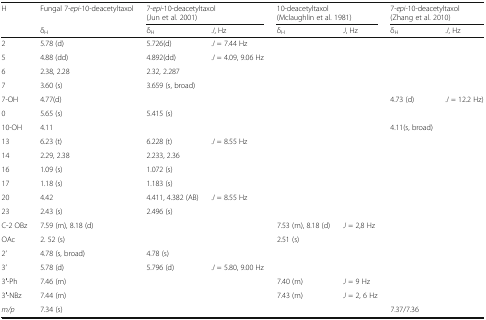
<table><thead><tr><td rowspan="2"><b>H</b></td><td><b>Fungal 7-<i>epi</i>-10-deacetyltaxol</b></td><td colspan="2"><b>7-<i>epi</i>-10-deacetyltaxol (Jun et al. 2001)</b></td><td colspan="2"><b>10-deacetyltaxol (Mclaughlin et al. 1981)</b></td><td colspan="2"><b>7-<i>epi</i>-10-deacetyltaxol (Zhang et al. 2010)</b></td></tr><tr><td><b>δ<sub>H</sub></b></td><td><b>δ<sub>H</sub></b></td><td><b><i>J</i>, Hz</b></td><td><b>δ<sub>H</sub></b></td><td><b><i>J</i>, Hz</b></td><td><b>δ<sub>H</sub></b></td><td><b><i>J</i>, Hz</b></td></tr></thead><tbody><tr><td>2</td><td>5.78 (d)</td><td>5.726(d)</td><td><i>J</i> = 7.44 Hz</td><td></td><td></td><td></td><td></td></tr><tr><td>5</td><td>4.88 (dd)</td><td>4.892(dd)</td><td><i>J</i> = 4.09, 9.06 Hz</td><td></td><td></td><td></td><td></td></tr><tr><td>6</td><td>2.38, 2.28</td><td>2.32, 2.287</td><td></td><td></td><td></td><td></td><td></td></tr><tr><td>7</td><td>3.60 (s)</td><td>3.659 (s, broad)</td><td></td><td></td><td></td><td></td><td></td></tr><tr><td>7-OH</td><td>4.77(d)</td><td></td><td></td><td></td><td></td><td>4.73 (d)</td><td><i>J</i> = 12.2 Hz)</td></tr><tr><td>0</td><td>5.65 (s)</td><td>5.415 (s)</td><td></td><td></td><td></td><td></td><td></td></tr><tr><td>10-OH</td><td>4.11</td><td></td><td></td><td></td><td></td><td>4.11(s, broad)</td><td></td></tr><tr><td>13</td><td>6.23 (t)</td><td>6.228 (t)</td><td><i>J</i> = 8.55 Hz</td><td></td><td></td><td></td><td></td></tr><tr><td>14</td><td>2.29, 2.38</td><td>2.233, 2.36</td><td></td><td></td><td></td><td></td><td></td></tr><tr><td>16</td><td>1.09 (s)</td><td>1.072 (s)</td><td></td><td></td><td></td><td></td><td></td></tr><tr><td>17</td><td>1.18 (s)</td><td>1.183 (s)</td><td></td><td></td><td></td><td></td><td></td></tr><tr><td>20</td><td>4.42</td><td>4.411, 4.382 (AB)</td><td><i>J</i> = 8.55 Hz</td><td></td><td></td><td></td><td></td></tr><tr><td>23</td><td>2.43 (s)</td><td>2.496 (s)</td><td></td><td></td><td></td><td></td><td></td></tr><tr><td>C-2 OBz</td><td>7.59 (m), 8.18 (d)</td><td></td><td></td><td>7.53 (m), 8.18 (d)</td><td><i>J</i> = 2,8 Hz</td><td></td><td></td></tr><tr><td>OAc</td><td>2. 52 (s)</td><td></td><td></td><td>2.51 (s)</td><td></td><td></td><td></td></tr><tr><td>2’</td><td>4.78 (s, broad)</td><td>4.78 (s)</td><td></td><td></td><td></td><td></td><td></td></tr><tr><td>3’</td><td>5.78 (d)</td><td>5.796 (d)</td><td><i>J</i> = 5.80, 9.00 Hz</td><td></td><td></td><td></td><td></td></tr><tr><td>3′-Ph</td><td>7.46 (m)</td><td></td><td></td><td>7.40 (m)</td><td><i>J</i> = 9 Hz</td><td></td><td></td></tr><tr><td>3′-NBz</td><td>7.44 (m)</td><td></td><td></td><td>7.43 (m)</td><td><i>J</i> = 2, 6 Hz</td><td></td><td></td></tr><tr><td><i>m/p</i></td><td>7.34 (s)</td><td></td><td></td><td></td><td></td><td>7.37/7.36</td><td></td></tr></tbody></table>